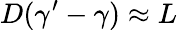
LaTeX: D(\gamma^{\prime}-\gamma)\approx L